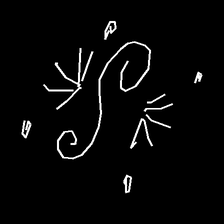
Glyph: aeroform